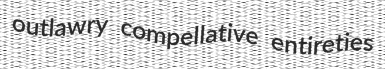
outlawry compellative entireties